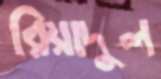
রিয়াদুল